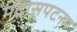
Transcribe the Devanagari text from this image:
मद्रासपटनम